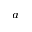
^ { a }